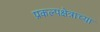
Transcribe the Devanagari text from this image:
प्रकल्पक्षेत्राच्या